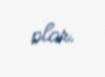
olar.